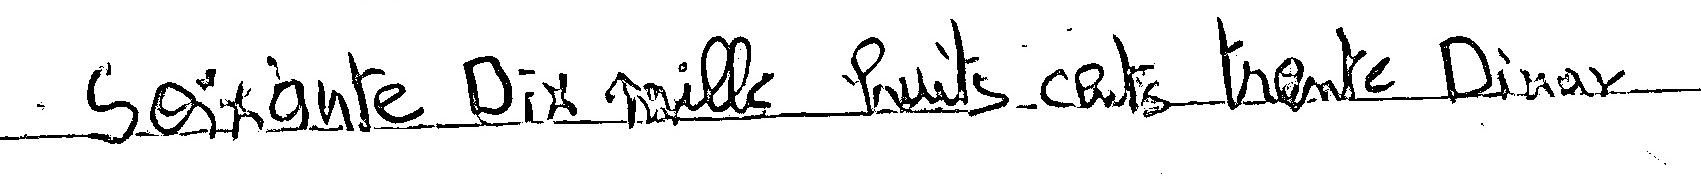
Soixante Dix mille huits cents trente Dinar